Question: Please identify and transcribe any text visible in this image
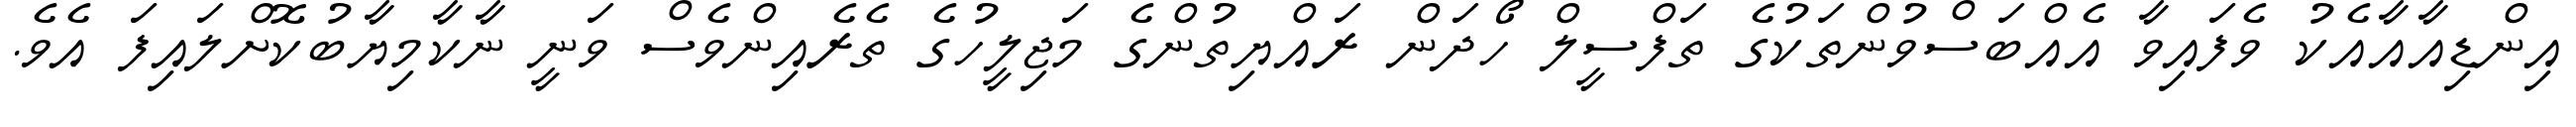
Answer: އިންޑިއާއާއެކު ވެފައިވާ އެއްބަސްވުންތަކުގެ ތަފްސީލް ހޯދަން ރައްޔިތުންގެ މަޖިލީހުގެ ތެރެއިންވެސް ވަނީ ނާކާމިޔާބުކޮށްލައިފަ އެވެ.